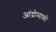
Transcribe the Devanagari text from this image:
आंद्रोमाको